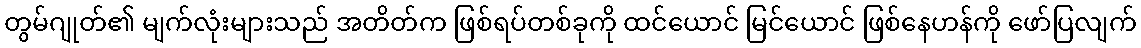
တွမ်ဂျုတ်၏ မျက်လုံးများသည် အတိတ်က ဖြစ်ရပ်တစ်ခုကို ထင်ယောင် မြင်ယောင် ဖြစ်နေဟန်ကို ဖော်ပြလျက်